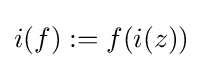
i(f):=f(i(z))